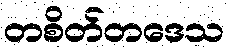
တစိတ်တဒေသ